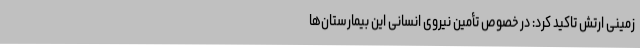
زمینی ارتش تاکید کرد: در خصوص تأمین نیروی انسانی این بیمارستان‌ها